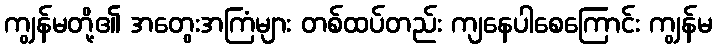
ကျွန်မတို့၏ အတွေးအကြံများ တစ်ထပ်တည်း ကျနေပါစေကြောင်း ကျွန်မ